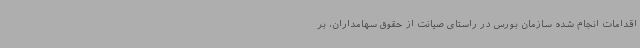
اقدامات انجام شده سازمان بورس در راستای صیانت از حقوق سهامداران، بر